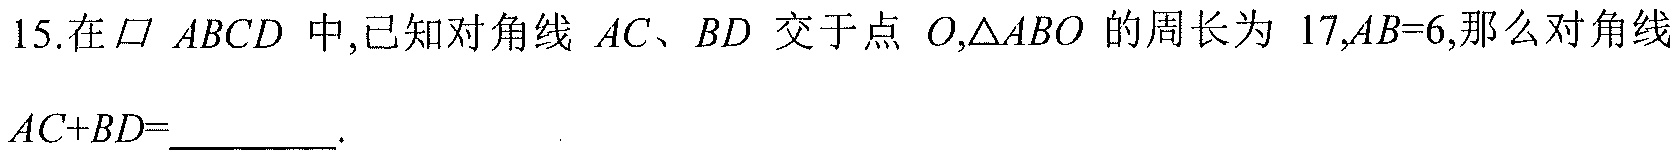
15.在$\square\ ABCD$中,已知对角线\(AC、BD\)交于点\(O,\triangle ABO\)的周长为\(17,AB = 6\),那么对角线\(AC + BD=\underline{\qquad}\).